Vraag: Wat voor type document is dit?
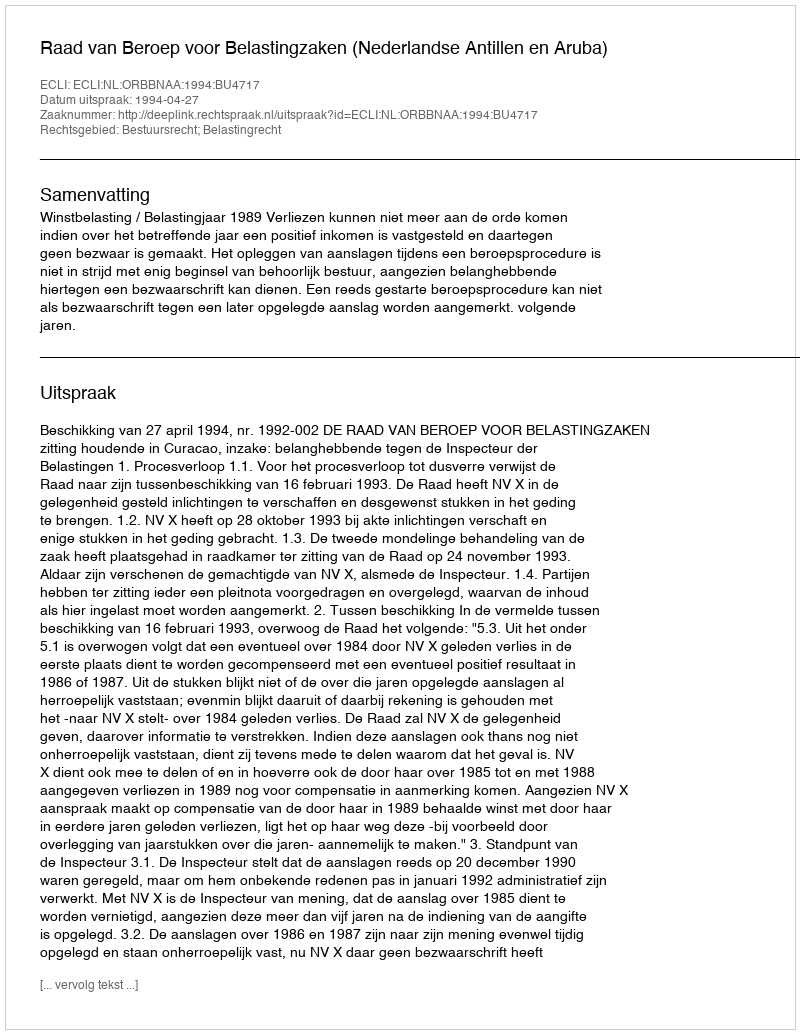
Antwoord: Uitspraak